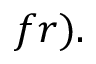
f r ) .